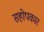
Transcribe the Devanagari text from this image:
सहोपकार